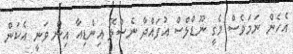
އެހެން ނަމަވެސް މެގީ ނޫޑްލްސް އުފައްދާ ނެސްލޭ އިންޑިއާ އިން ވަނީ އެކަން